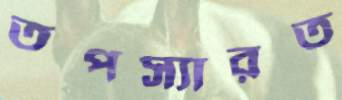
তপস্যারত